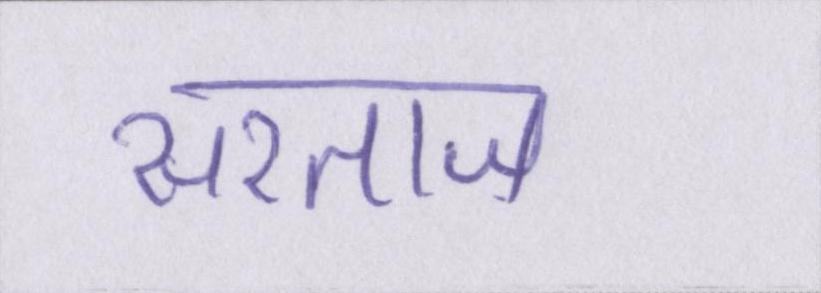
सरताज